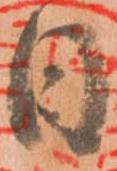
日